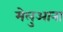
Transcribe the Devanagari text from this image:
मेलुआना